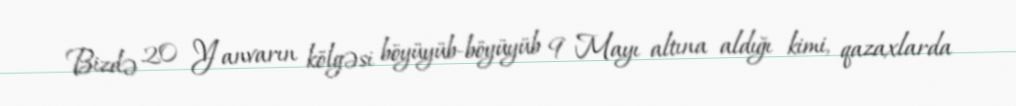
Bizdə 20 Yanvarın kölgəsi böyüyüb-böyüyüb 9 Mayı altına aldığı kimi, qazaxlarda